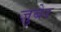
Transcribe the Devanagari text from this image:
ज़ुबेर